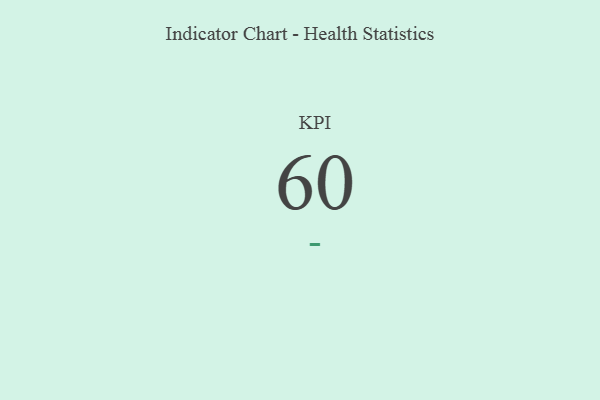
{"axis": {"x": "KPI", "y": "Value"}, "legend": [""], "data": [{"x": "KPI", "y": 60, "type": ""}]}